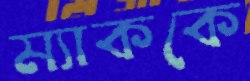
ম্যাককে